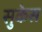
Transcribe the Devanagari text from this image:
सुकेस